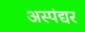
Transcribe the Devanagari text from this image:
अस्पंद्यर